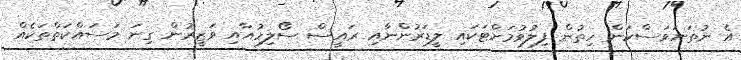
އެ ނުތަނަވަސްކަން ހިތުން ފިލުވުމަށްޓަކައި ލީޑަރުންނާއި ރައީސް ސޯލިހުއާއި ވަޒީރުން ގިނަ މަސައްކަތްތަކެއް